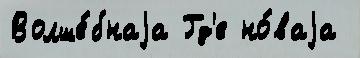
Волше́бнаjа Гд'е но́ваjа